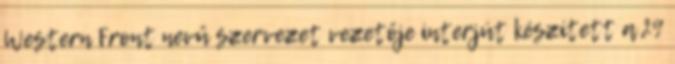
Western Front nevű szervezet vezetője interjút készített a 29